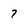
Character: 7